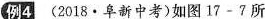
例4 （2018·阜新中考）如图17-7所